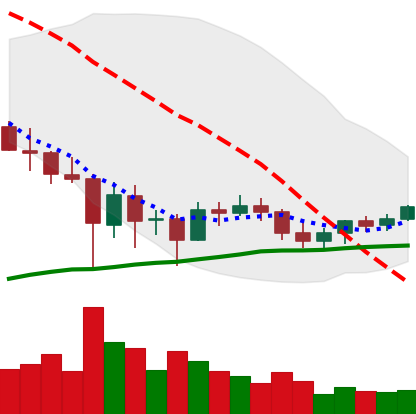
Ticker: BTC-USD
Chart end date: 2021-06-03
Forward return: -14.63%
Label: down_7plus